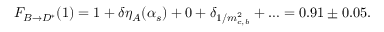
{ \cal F } _ { B \rightarrow D ^ { * } } ( 1 ) = 1 + \delta \eta _ { A } ( \alpha _ { s } ) + 0 + \delta _ { 1 / m _ { c , b } ^ { 2 } } + \ldots = 0 . 9 1 \pm 0 . 0 5 .